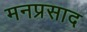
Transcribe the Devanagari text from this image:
मनप्रसाद